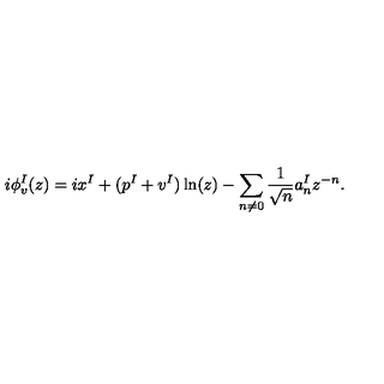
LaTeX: i \phi _ { v } ^ { I } ( z ) = i x ^ { I } + ( p ^ { I } + v ^ { I } ) \ln ( z ) - \sum _ { n \not = 0 } { \frac { 1 } { \sqrt { n } } } a _ { n } ^ { I } z ^ { - n } .